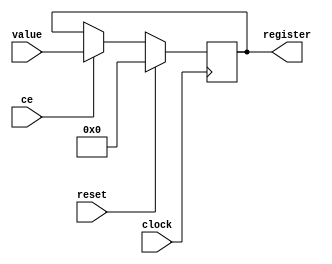
module REG(input clock,reset,ce,//changeEnable
			input [15:0] value,
			output reg [15:0] register);
	always @(posedge clock) begin 
		if(reset == 1'b 1)begin
		register <= 0;
		end else begin
			if(ce == 1'b1)begin
				register <= value;
			end
		end
	end
endmodule